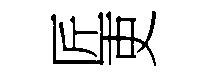
匠吏